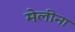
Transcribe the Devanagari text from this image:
मेलीना